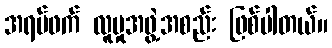
အရပ်ဖက် လူမှုအဖွဲ့အစည်း ဖြစ်ပါတယ်။